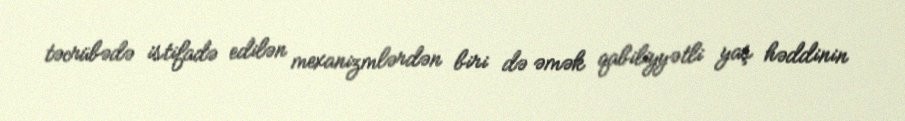
təcrübədə istifadə edilən mexanizmlərdən biri də əmək qabiliyyətli yaş həddinin